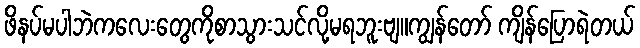
ဖိနပ်မပါဘဲကလေးတွေကိုစာသွားသင်လို့မရဘူးဗျ။ကျွန်တော် ကျိန်ပြောရဲတယ်